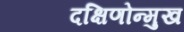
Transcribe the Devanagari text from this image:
दक्षिणोन्मुख